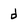
Character: d